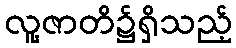
လူ့ဇာတိ၌ရှိသည့်